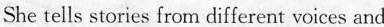
She tells stories from different voices and